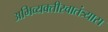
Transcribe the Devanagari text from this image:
अभिव्यक्तीस्वातंत्र्यास